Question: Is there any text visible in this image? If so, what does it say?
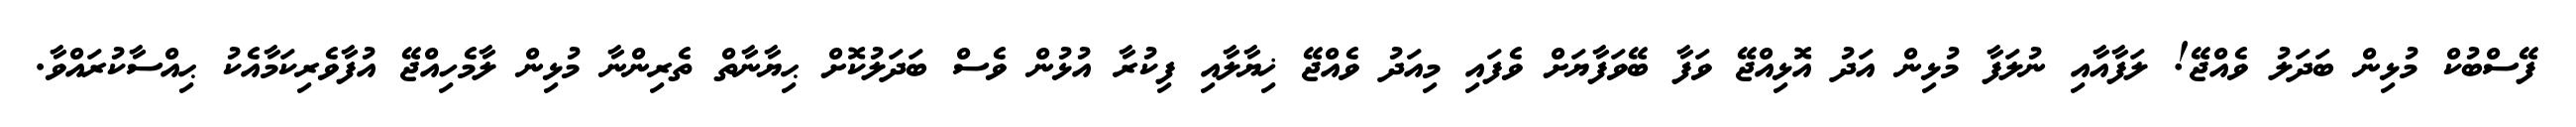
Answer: ފޭސްބުކް މުޅިން ބަދަލު ވެއްޖޭ! ލަފާއާއި ނުލަފާ މުޅިން އަދު އޮޅިއްޖޭ ވަފާ ބޭވަފާޔަށް ވެފައި މިއަދު ވެއްޖޭ ޚިޔާލާއި ފިކުރާ އުޅުން ވެސް ބަދަލުކޮށް ޙިޔާނާތް ތެރިންނާ މުޅިން ލާމެހިއްޖޭ އުފާވެރިކަމާއެކު ޙިއްސާކުރައްވާ.